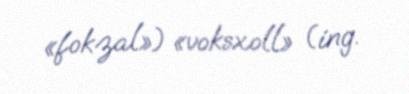
«fokzal») «voksxoll» (ing.